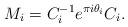
LaTeX: \begin{align*}M_i=C^{-1}_ie^{\pi i\theta_i}C_i.\end{align*}